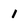
Character: 1